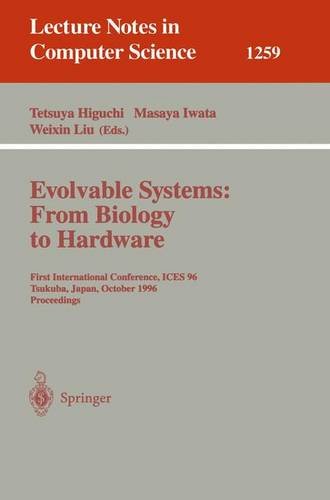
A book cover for Evolvable Systems: From Biology to Hardware: First International Conference, ICES '96, Tsukuba, Japan, October 7 - 8, 1996, Revised Papers (Lecture Notes in Computer Science); Computers & Technology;